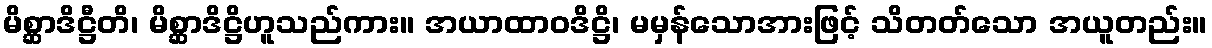
မိစ္ဆာဒိဋ္ဌီတိ၊ မိစ္ဆာဒိဋ္ဌိဟူသည်ကား။ အယာထာဝဒိဋ္ဌိ၊ မမှန်သောအားဖြင့် သိတတ်သော အယူတည်း။